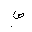
Letter: _sad